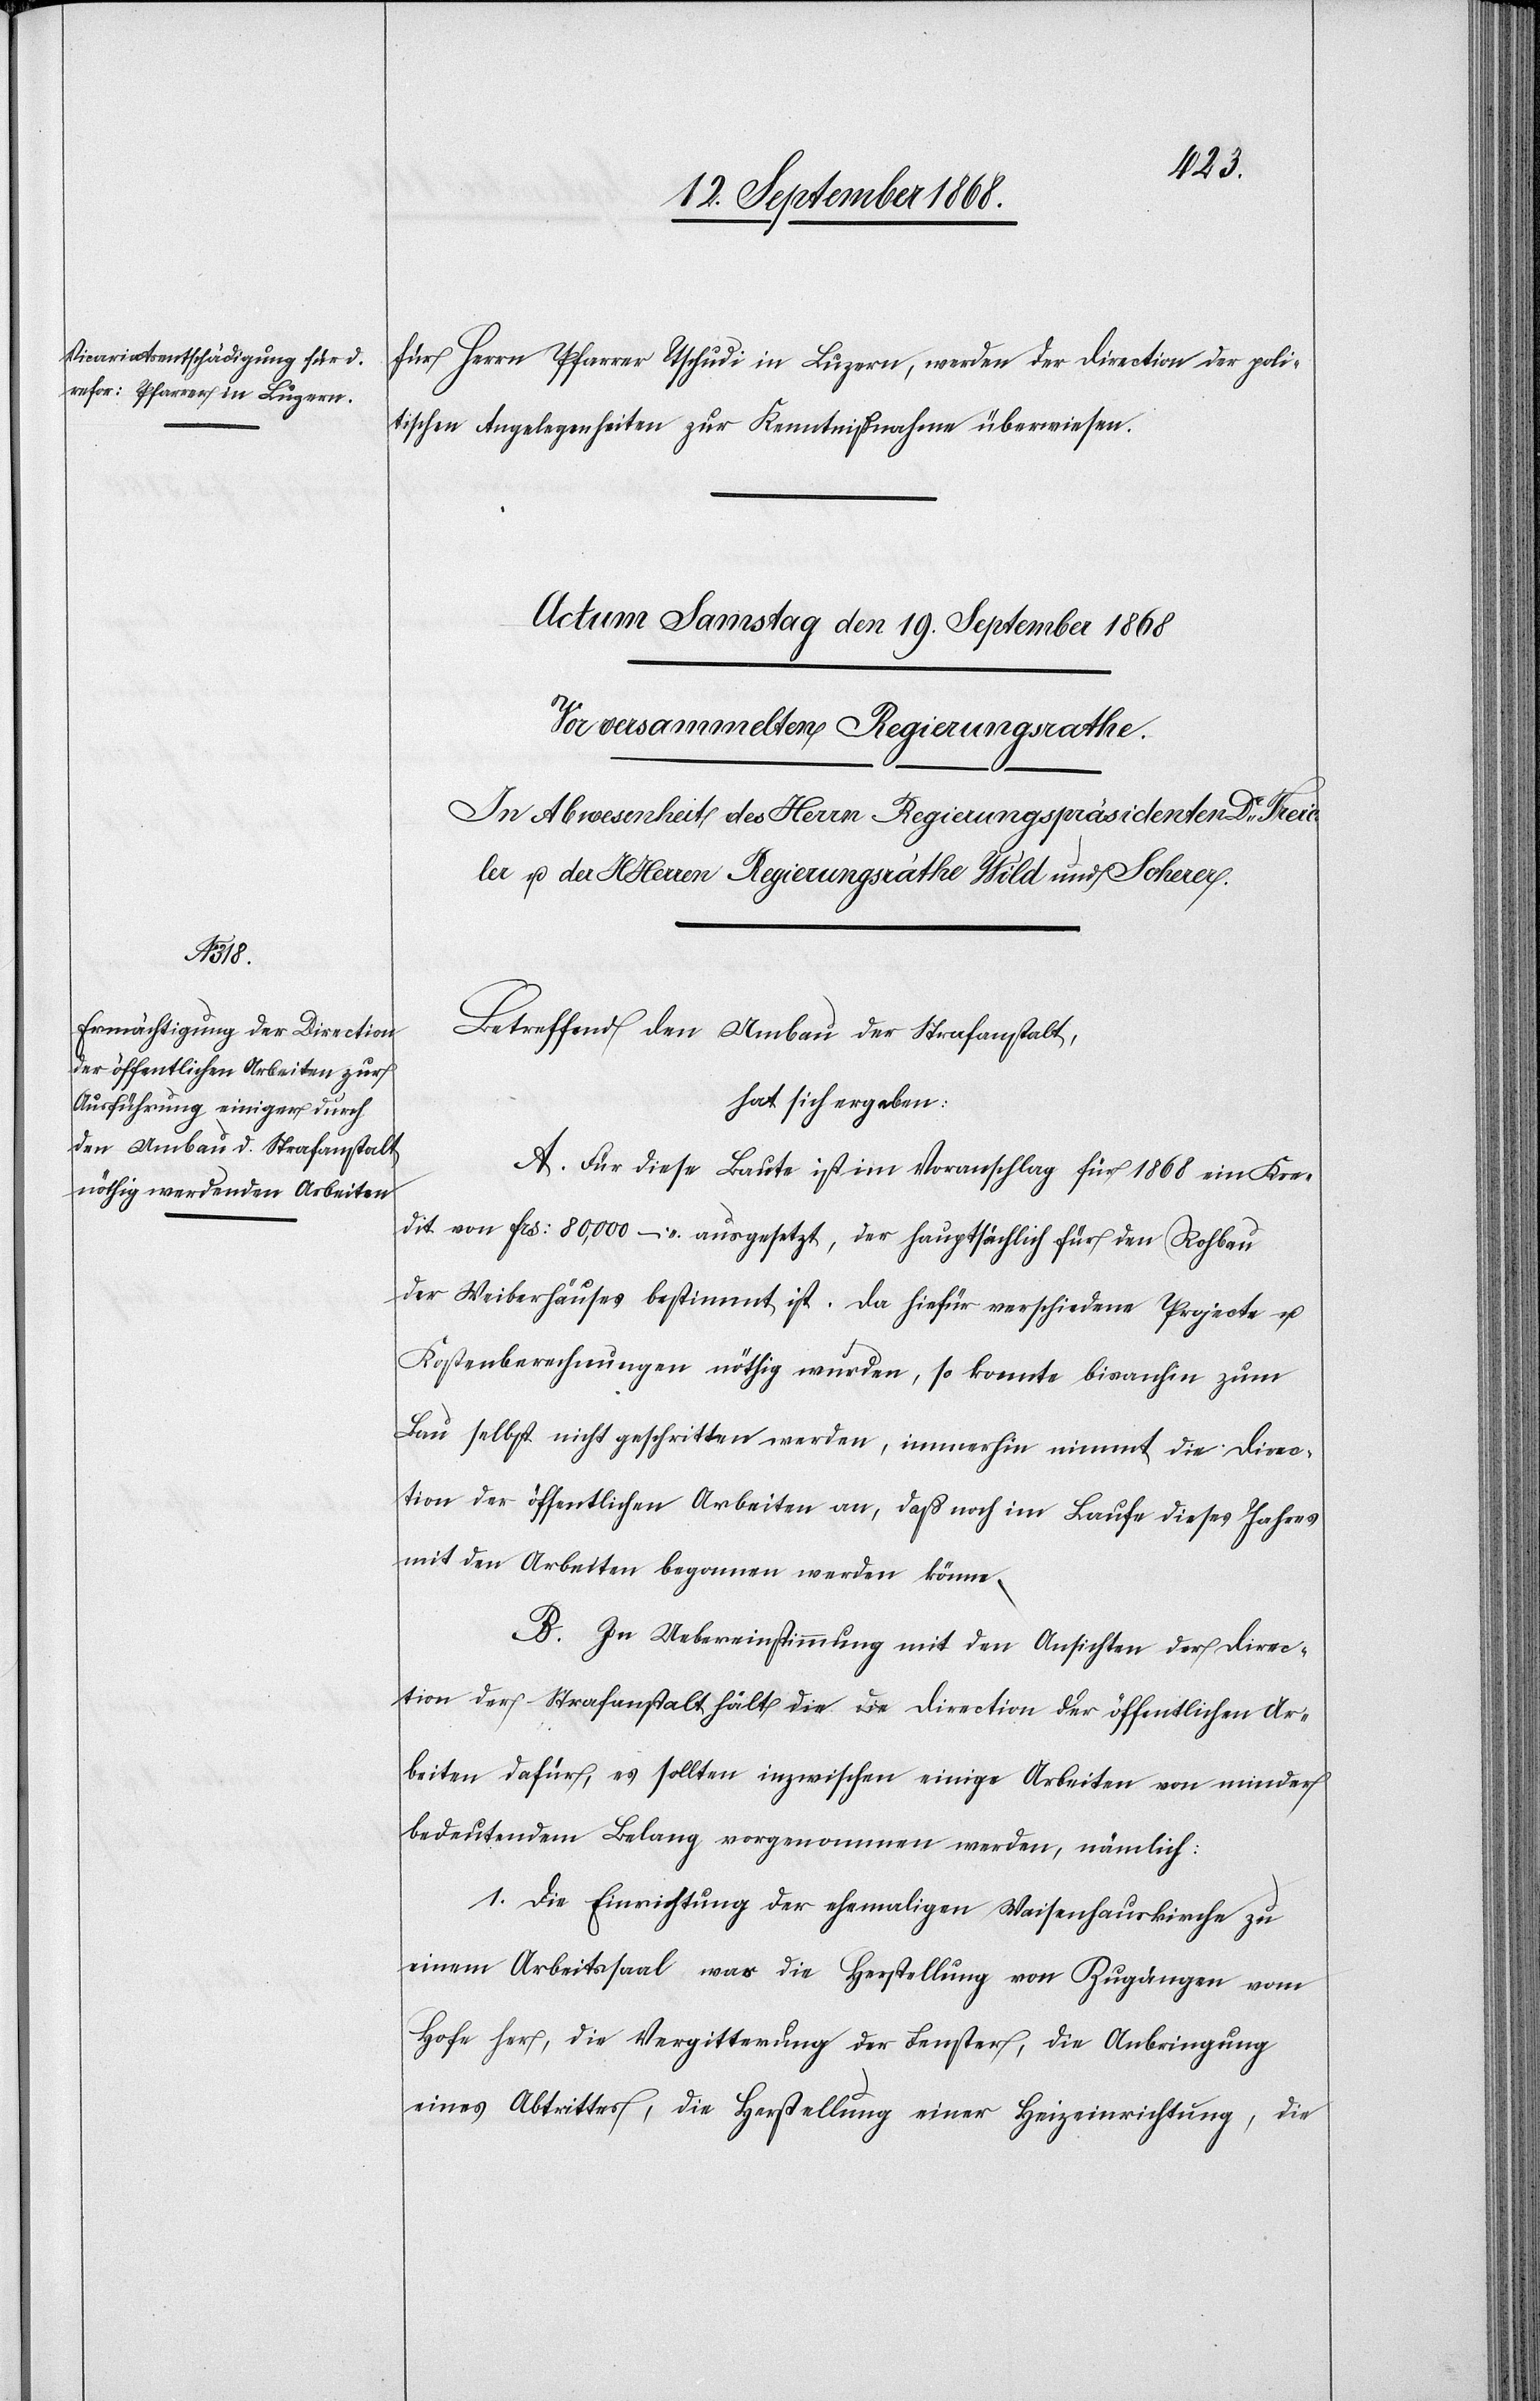
für Herrn Pfarrer Tschudi in Luzern, werden der Direction der poli¬
tischen Angelegenheiten zur Kenntnißnahme überwiesen.
Betreffend den Umbau der Strafanstalt,
hat sich ergeben:
A. Für diese Baute ist im Voranschlag für 1868 ein Kre¬
dit von Frs: 80,000 – ausgesetzt, der hauptsächlich für den Rohbau
der Weiberhäuses [sic!] bestimmt ist. Da hiefür verschiedene Projecte u.
Kostenberechnungen nöthig wurden, so konnte bisanhin zum
Bau selbst nicht geschritten werden, immerhin nimmt die Direc¬
tion der öffentlichen Arbeiten an, daß noch im Laufe dieses Jahres
mit den Arbeiten begonnen werden könne.
B. In Uebereinstimmung mit den Ansichten der Direc¬
tion der Strafanstalt hält die a-die-a Direction der öffentlichen Ar¬
beiten dafür, es sollten inzwischen einige Arbeiten von minder
bedeutendem Belang vorgenommen werden, nämlich:
1. Die Einrichtung der ehemaligen Waisenhauskirche zu
einem Arbeitssaal was die Herstellung von Zugängen vom
Hofe her, die Vergitterung der Fenster, die Anbringung
eines Abtrittes, die Herstellung einer Heizeinrichtung, die